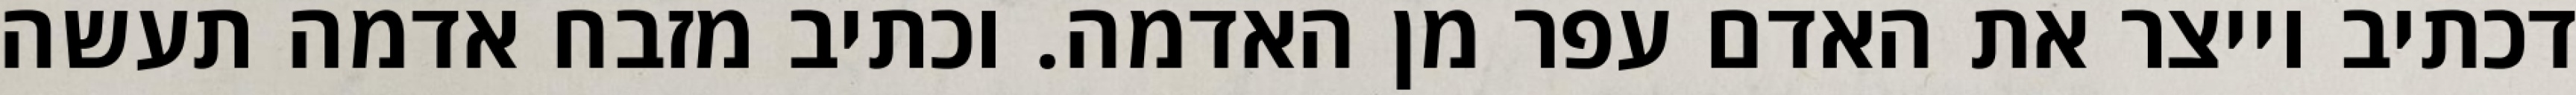
דכתיב וייצר את האדם עפר מן האדמה. וכתיב מזבח אדמה תעשה